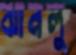
ঝানলু